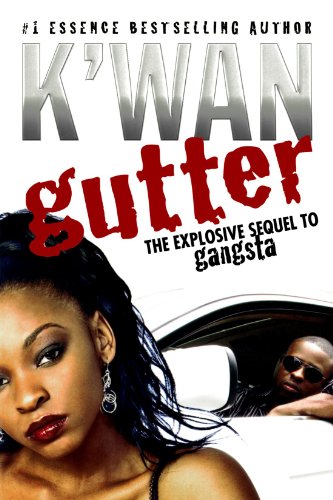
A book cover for Gutter: A Novel; K'wan; Literature & Fiction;